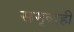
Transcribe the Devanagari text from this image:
समृद्धही